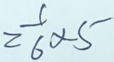
= \frac { 1 } { 6 } \times 5